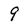
Character: 9